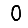
Digit: 0